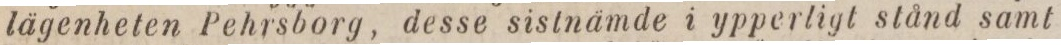
lägenheten Pehrsborg, desse sistnämde i ypperligt stånd samt